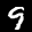
Label: 9